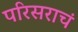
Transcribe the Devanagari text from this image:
परिसराचं